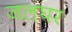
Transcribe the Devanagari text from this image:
जलघर